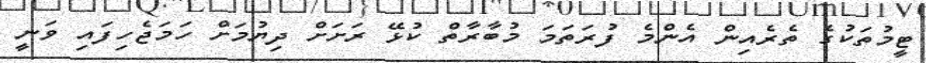
ޓީމުތަކުގެ ތެރެއިން އެންމެ ފުރަތަމަ މުބާރާތް ކުޅޭ ރަށަށް ދިޔުމަށް ހަމަޖެހިފައި ވަނީ